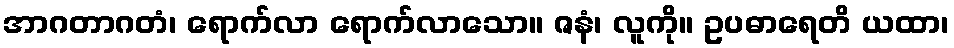
အာဂတာဂတံ၊ ရောက်လာ ရောက်လာသော။ ဇနံ၊ လူကို။ ဥပဓာရေတိ ယထာ၊